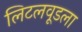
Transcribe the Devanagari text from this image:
लिटलवूडला